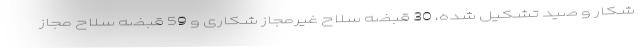
شکار و صید تشکیل شده، 30 قبضه سلاح غیرمجاز شکاری و 59 قبضه سلاح مجاز